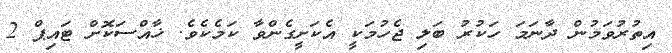
އިތުރުވަމުން ދާނަމަ ހަކުރު ބަލި ޖެހުމަކީ އެކަށީގެންވާ ކަމެކެވެ. ޚާއްސަކޮށް ޓައިޕް 2